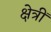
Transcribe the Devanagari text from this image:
क्षेत्रीं